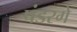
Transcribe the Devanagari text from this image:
पंडरगे